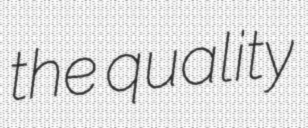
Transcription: the quality